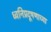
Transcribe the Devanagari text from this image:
ध्वनिप्रदूषणाच्या